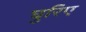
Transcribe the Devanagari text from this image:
घुरिए